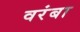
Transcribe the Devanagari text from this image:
वरंबा